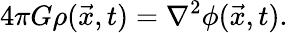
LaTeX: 4\pi G\rho({\vec{x}},t)=\nabla^{2}\phi({\vec{x}},t).